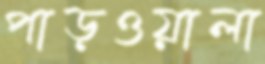
পাড়ওয়ালা